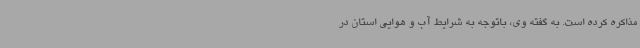
مذاکره کرده است. به گفته وی، باتوجه به شرایط آب و هوایی استان در